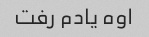
اوه یادم رفت